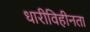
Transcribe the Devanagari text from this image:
धारीविहीनता